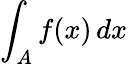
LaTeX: \int_{A}f(x)\, dx